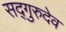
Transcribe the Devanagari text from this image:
सद्गुरुदेव